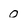
Character: 0